Vaccination in Burma 1920-1933 - 1920-1933
Year: 1920
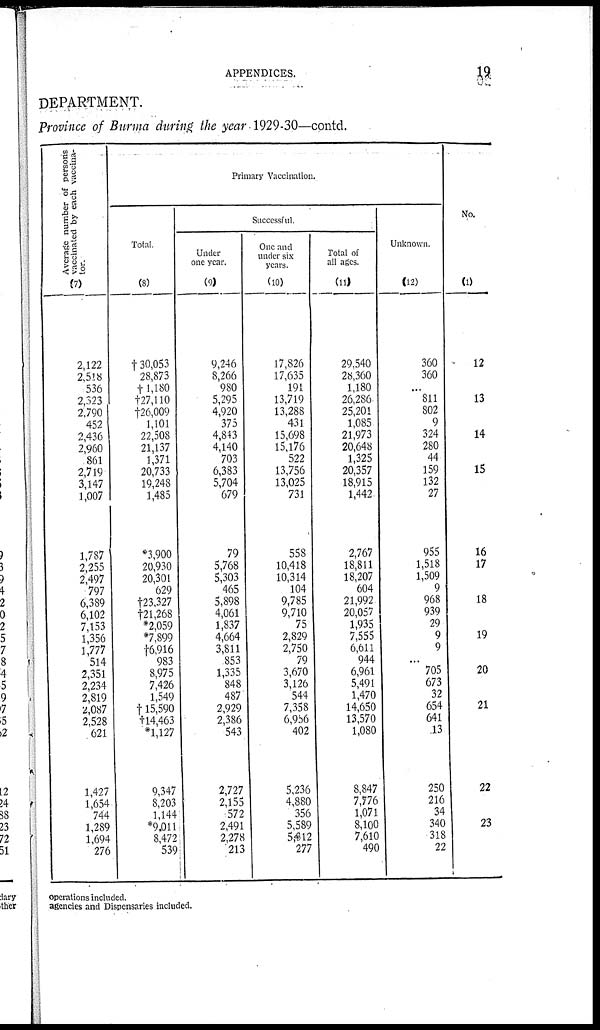
APPENDICES.
19
DEPARTMENT.
Province of Burma during the year 1929-30—contd.
Average number of persons
vaccinated by each vaccina-
tor.
(7)
2,122
2,518
536
2,323
2,790
452
2,436
2,960
861
2,719
3,147
1,007
1,787
2,255
2,497
797
6,389
6,102
7,153
1,356
1,777
514
2,351
2,234
2,819
2,087
2,528
621
1,427
1,654
744
1,289
1,694
276
Primary Vaccination.
Total.
(8)
†30,053
28,873
†1,180
†27,110
†26,009
1,101
22,508
21,137
1,371
20,733
19,248
1,485
*3,900
20,930
20,301
629
†23,327
†21,268
*2,059
*7,899
†6,916
983
8,975
7,426
1,549
†15,590
†14,463
*1,127
9,347
8,203
1,144
*9,011
8,472
539
Successful.
Under
one year.
(9)
9,246
8,266
980
5,295
4,920
375
4,843
4,140
703
6,383
5,704
679
79
5,768
5,303
465
5,898
4,061
1,837
4,664
3,811
853
1,335
848
487
2,929
2,386
543
2,727
2,155
572
2,491
2,278
213
One and
under six
years.
(10)
17,826
17,635
191
13,719
13,288
431
15,698
15,176
522
13,756
13,025
731
558
10,418
10,314
104
9,785
9,710
75
2,829
2,750
79
3,670
3,126
544
7,358
6,956
402
5,236
4,880
356
5,589
5,812
277
Total of
all ages.
(11)
29,540
28,360
1,180
26,286
25,201
1,085
21,973
20,648
1,325
20,357
18,915
1,442
2,767
18,811
18,207
604
21,992
20,057
1,935
7,555
6,611
944
6,961
5,491
1,470
14,650
13,570
1,080
8,847
7,776
1,071
8,100
7,610
490
Unknown.
(12)
360
360
...
811
802
9
324
280
44
159
132
27
955
1,518
1,509
9
968
939
29
9
9
...
705
673
32
654
641
13
250
216
34
340
318
22
No.
(1)
12
13
14
15
16
17
18
19
20
21
22
23
operations included.
agencies and Dispensaries included.